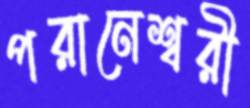
পরানেশ্বরী